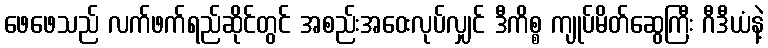
ဖေဖေသည် လက်ဖက်ရည်ဆိုင်တွင် အစည်းအဝေးလုပ်လျှင် ဒီကိစ္စ ကျုပ်မိတ်ဆွေကြီး ဂီဒီယံနဲ့